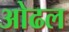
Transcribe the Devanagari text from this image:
ओढल